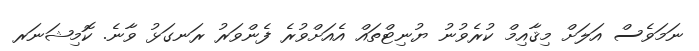
ނަމަވެސް އަލަށް މިޤާއިމް ކުރެވުނު ޔުނިޓްތައް އެއަށްވުރެ ފެންވަރު ރަނގަޅު ވާނެ. ކޮމިޝަނަރ